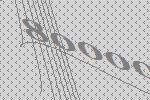
80000